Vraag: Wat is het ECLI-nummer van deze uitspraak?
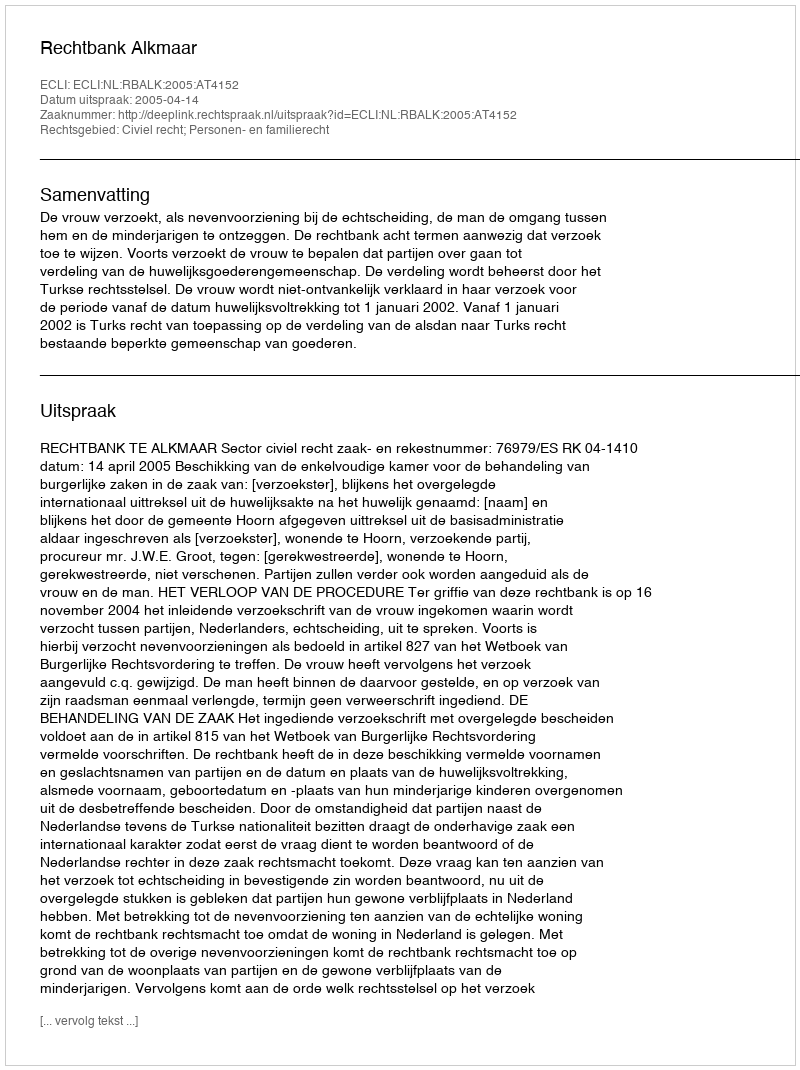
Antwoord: ECLI:NL:RBALK:2005:AT4152